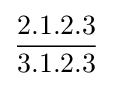
{\frac {2.1.2.3}{3.1.2.3}}